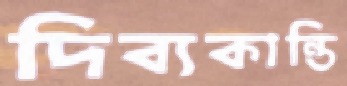
দিব্যকান্তি